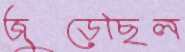
জুড়েছিল